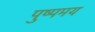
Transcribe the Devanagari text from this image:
पुष्पमय